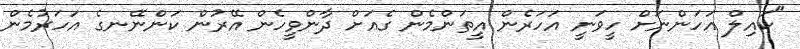
"ކައިލް އަހަންނަށް ހީވަނީ އަހަރެން އީތަންމެން ގެއަށް ދާންވީހެން އޭރުން ކަންނޭނގެ އަހަރުމެން